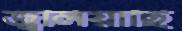
জ্বলিয়াছি